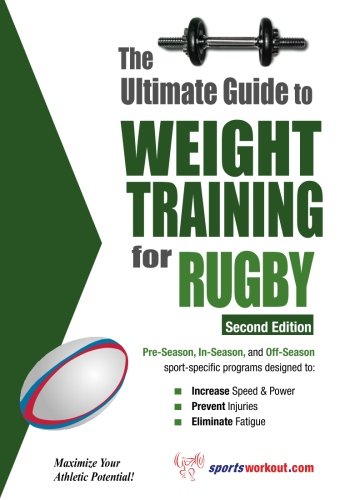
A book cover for Ultimate Guide to Weight Training for Rugby; Rob Price; Sports & Outdoors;